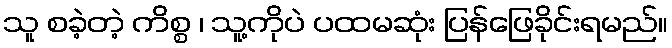
သူ စခဲ့တဲ့ ကိစ္စ ၊ သူ့ကိုပဲ ပထမဆုံး ပြန်ဖြေခိုင်းရမည်။